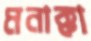
মনাক্কা